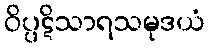
ဝိပ္ပဋိသာရသမုဒယံ